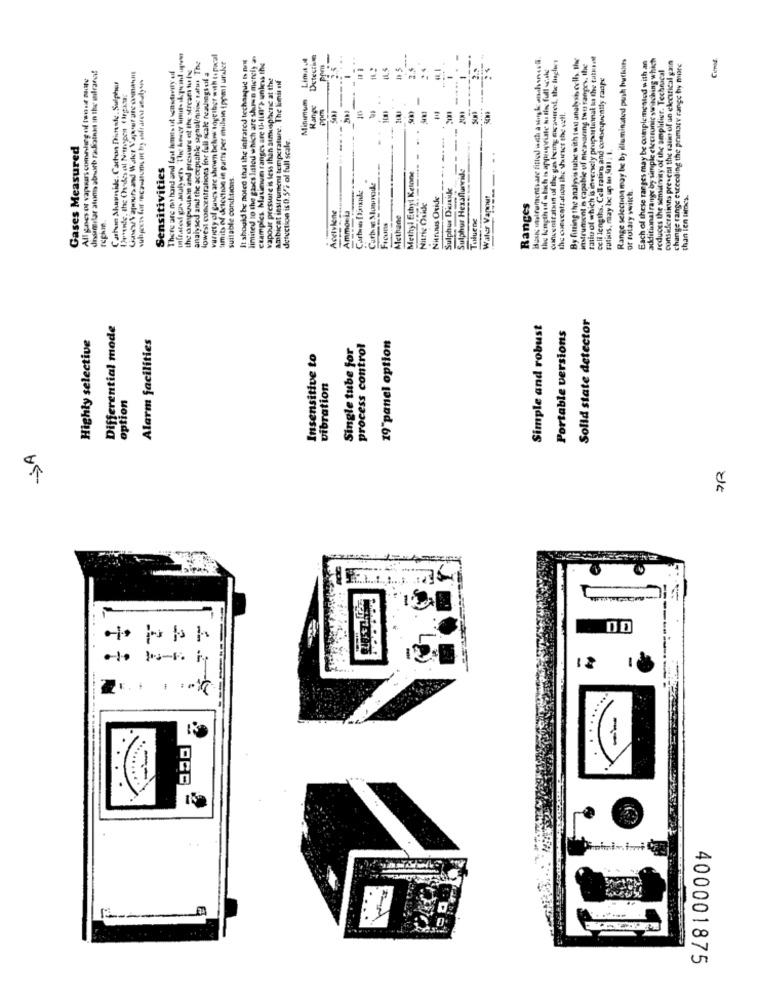
variety of gases are shown bekers together with to pacal
limits of detection in parts per mailsin ippm| uraler
It should be noted that the infrared techanue bs n
cramples Sacs listed which are shown merely a
Lima
Detecting
-
...
---
cuneonitatui uf the gas boeing cicautreil, the lisglers
By fitting the analysis tube with tad analysis colly the
ratio of which is inversely proportional to the tatort
Range selection may be by illuminated push button
additional range by simple electronic switching which
Cemil
There are my hard and fant fumes ut scontovily eil
und pressure of the Mrcam tu Ing
analysed and the acocpsahis sachalinoise tatus The
lowest concentrations for full scale rezusegsul a
um ranges are U.ILn') unless the
2.4
the length of which is appropriate ko tiss full -cake
instrument b capable of mieavaring twus ranges, the
Each of these ranges may be complemented with an
seduces the sensitivity of the amplifier. Technical
considerations prevent the rain of un electrical gain
change range exceeding the primary range hy more
All goes of vapesars comblerg nf tonne monate
distamilar atunis absorb radiothat in the milraro!
Gases Vapours and Water Vapour an orman !!!
vapour pressure is less than atmussphene at the
ambient instrument temperature. The Limit of
celi lengths. Cell rating and conseunity raupe
Cathan Summide. Carton Dienste . Sulphur
Desende, the Chodes al Norpen 1 hrganas
Minimum
-
Kange
ppm
the osescatration ihe shuiniet the well.
=
detection is 0.5% of full scale.
Gases Measured
matins, may be up lo Sol : 1.
Sensitivities
Methyl Ethyl Ketone
Sulphur Hexafluride
suitable conditions
Curbn Munmode
Sulphur Dirtide
or tutary switch
limited to the
Nitric Oxide
Niennes Oskke
Water Vapour
than ien times.
Ammonia
Ranges
Acetylene
Ficuns
Methane
Toluene
rephin
Solid state detector
Differential mode
Simple and robust
Portable versions
Highly selective
Alarm facilities
19"panel option
Single tube for
process control
Insensitive to
vibration
option
SA
7R
-----
12
-
400001875